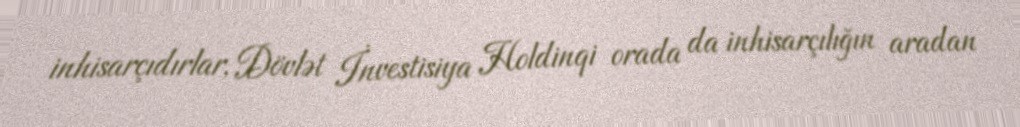
inhisarçıdırlar, Dövlət İnvestisiya Holdinqi orada da inhisarçılığın aradan